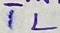
Text: TL